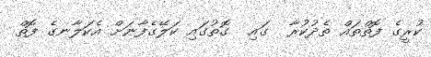
ކުރީގެ ފޮތްތައް ތެދުކުރާ  ގައި  ގޮތުގައި ކަލޭގެފާނަށް އެކަލާނގެ ފޮތް